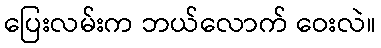
ပြေးလမ်းက ဘယ်လောက် ဝေးလဲ။